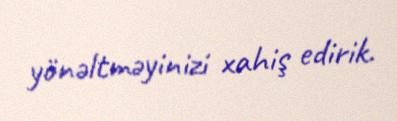
yönəltməyinizi xahiş edirik.